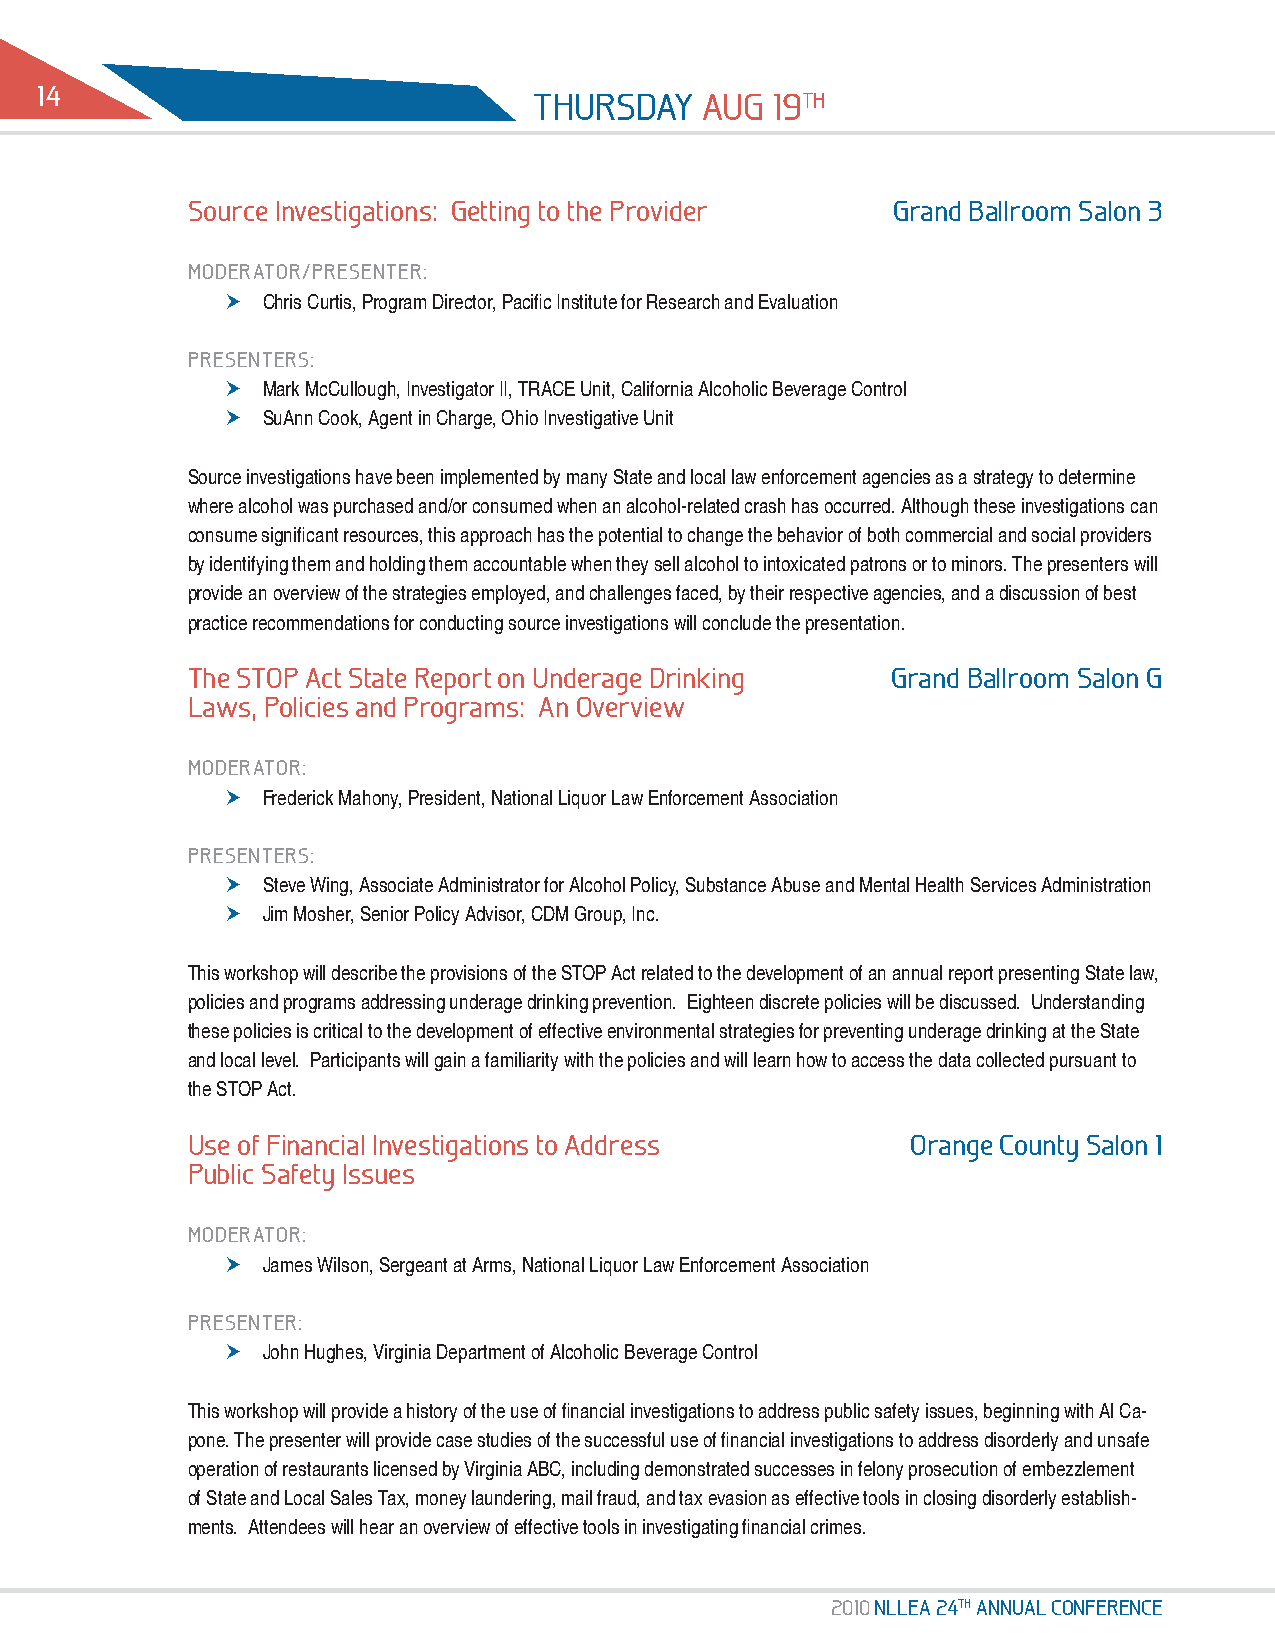
14
 thursdAy   Aug  19th
 source investigations: getting to the provider grand ballroom salon 3
 modErAtor/prEsENtEr:
 hhChris Curtis, Program Director, Pacific Institute for Research and Evaluation
 prEsENtErs:
 hhMark McCullough, Investigator II, TRACE Unit, California Alcoholic Beverage Control
 hhSuAnn Cook, Agent in Charge, Ohio Investigative Unit
 Source investigations have been implemented by many State and local law enforcement agencies as a strategy to determine
 where alcohol was purchased and/or consumed when an alcohol-related crash has occurred. Although these investigations can
 consume significant resources, this approach has the potential to change the behavior of both commercial and social providers
 by identifying them and holding them accountable when they sell alcohol to intoxicated patrons or to minors. The presenters will
 provide an overview of the strategies employed, and challenges faced, by their respective agencies, and a discussion of best
 practice recommendations for conducting source investigations will conclude the presentation.
 the stop Act state report on underage drinking grand ballroom salon g
 Laws, policies and programs: An overview
 modErAtor:
 hhFrederick Mahony, President, National Liquor Law Enforcement Association
 prEsENtErs:
 hhSteve Wing, Associate Administrator for Alcohol Policy, Substance Abuse and Mental Health Services Administration
 hhJim Mosher, Senior Policy Advisor, CDM Group, Inc.
 This workshop will describe the provisions of the STOP Act related to the development of an annual report presenting State law,
 policies and programs addressing underage drinking prevention. Eighteen discrete policies will be discussed. Understanding
 these policies is critical to the development of effective environmental strategies for preventing underage drinking at the State
 and local level. Participants will gain a familiarity with the policies and will learn how to access the data collected pursuant to
 the STOP Act.
 use of financial investigations to Address      orange County salon 1
 public safety issues
 modErAtor:
 hhJames Wilson, Sergeant at Arms, National Liquor Law Enforcement Association
 prEsENtEr:
 hhJohn Hughes, Virginia Department of Alcoholic Beverage Control
 This workshop will provide a history of the use of financial investigations to address public safety issues, beginning with Al Ca-
 pone. The presenter will provide case studies of the successful use of financial investigations to address disorderly and unsafe
 operation of restaurants licensed by Virginia ABC, including demonstrated successes in felony prosecution of embezzlement
 of State and Local Sales Tax, money laundering, mail fraud, and tax evasion as effective tools in closing disorderly establish-
 ments. Attendees will hear an overview of effective tools in investigating financial crimes.
 2010 NLLEA 24th ANNuAL CoNfErENCE